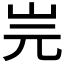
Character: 𡵧